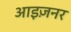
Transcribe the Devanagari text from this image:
आइज़नर